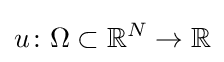
u\colon \Omega \subset \mathbb {R} ^{N}\to \mathbb {R}